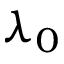
\lambda _ { 0 }